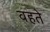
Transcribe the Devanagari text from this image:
वहते